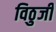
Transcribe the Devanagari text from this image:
विठुजी